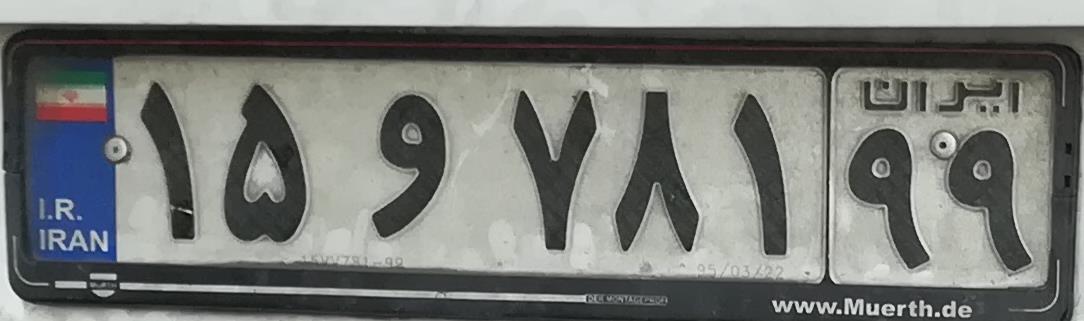
۱۵و۷۸۱۹۹